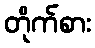
တိုက်စား